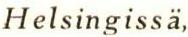
Helsingissä,